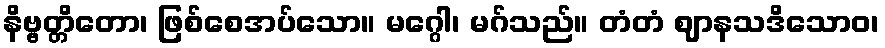
နိဗ္ဗတ္တိတော၊ ဖြစ်စေအပ်သော။ မဂ္ဂေါ၊ မဂ်သည်။ တံတံ ဈာနသဒိသောဝ၊